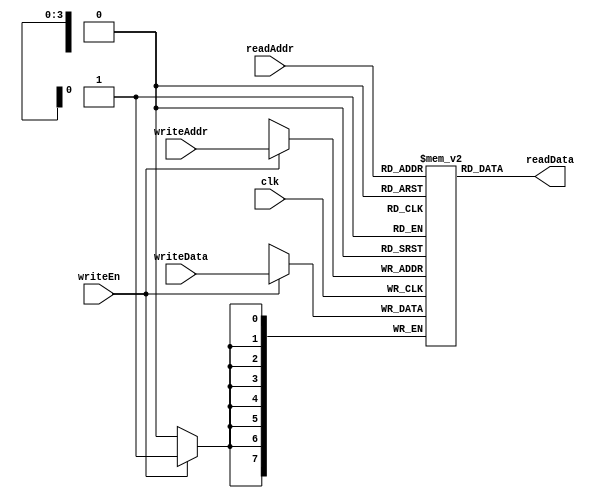
module RegisterFile #(
  parameter DataWidth  = 8,
  parameter NumRegs    = 16,
  parameter IndexWidth = $clog2(NumRegs)
) (
  input                       clk,
  input                       writeEn,
  input      [IndexWidth-1:0] writeAddr,
  input      [ DataWidth-1:0] writeData,
  input      [IndexWidth-1:0] readAddr,
  output     [ DataWidth-1:0] readData
  );

  reg [7:0] regs [15:0];

  always @(posedge clk) begin
    if (writeEn) begin
      regs[writeAddr] <= writeData;
    end
  end

  assign readData = regs[readAddr];

endmodule